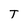
Character: T